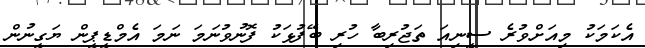
އެކަމަކު މިއަށްވުރެ ސީނިއަ ތަޖުރިބާ ހުރި ބޭފުޅަކު ފޮނުވުނަމަ ނަމަ އެމްޑީޕީން ޔަގީނުން